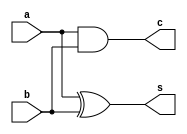
`timescale 1ns / 1ps
//////////////////////////////////////////////////////////////////////////////////
// Company: 
// Engineer: 
// 
// Design Name: 
// Module Name: HA
// Project Name: 
// Target Devices: 
// Tool Versions: 
// Description: 
// 
// Dependencies: 
// 
// Revision:
// Revision 0.01 - File Created
// Additional Comments:
// 
//////////////////////////////////////////////////////////////////////////////////


module HA(a, b, s, c);

input a, b;

output s, c;

wire s, c;

//sum
assign s = a ^ b;
//carry
assign c = a & b;

endmodule